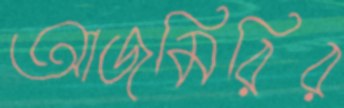
আজমিরির